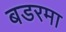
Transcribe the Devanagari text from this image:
बडरमा